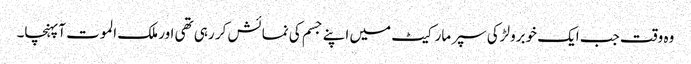
وہ وقت جب ایک خوبرولڑکی سپر مارکیٹ میں اپنے جسم کی نمائش کر رہی تھی اور ملک الموت آپہنچا۔